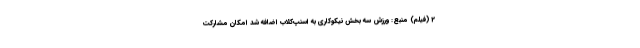
2 (فیلم) منبع: ورزش سه بخش نیکوکاری به اسنپ‌کلاب اضافه شد امکان مشارکت